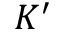
K ^ { \prime }